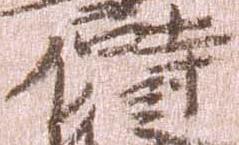
侍